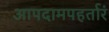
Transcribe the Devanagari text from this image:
आपदामपहर्तारं